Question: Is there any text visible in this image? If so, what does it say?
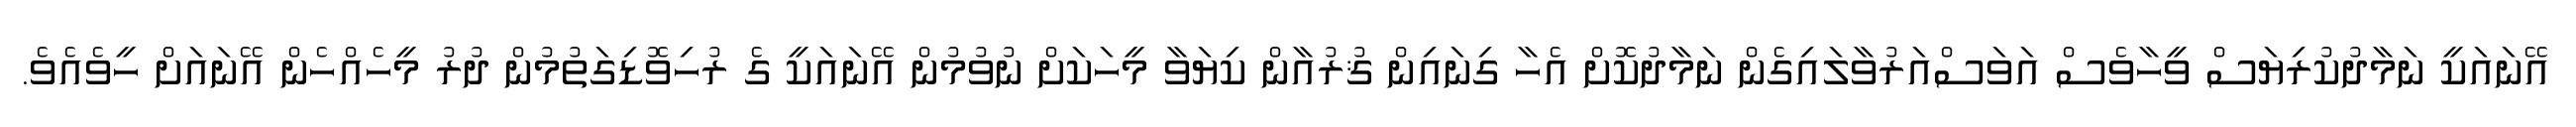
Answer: އޭނައަކީ ނަމާދުކުރިޔަސް ވީހާވެސް އަވަސްއަރުވާލައިގެން ނަމާދުކޮށް އެހާ ގިނައިން ޤުރުއާން ކިޔަވާ މީހަކަށް ނުވުމުން އޭނައަކީ ގެ ރުހިވޮޑިގަތުމުން ދުރު މީހެއްހެން އޭނައަށް ހީވެއެވެ.